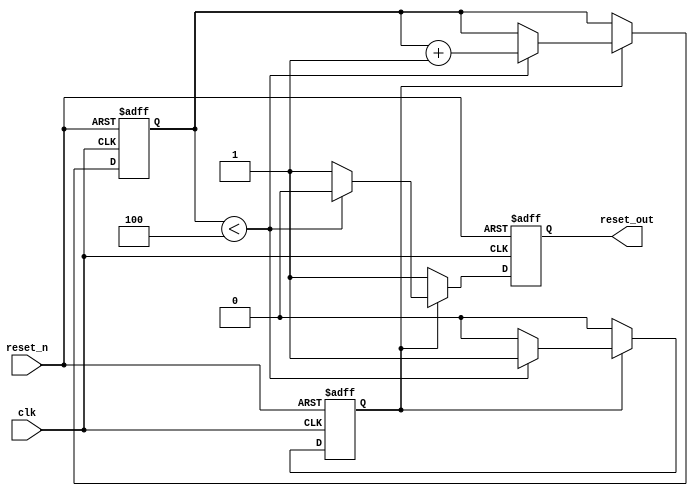
module PowerOnReset (
    input wire clk,          // Clock signal
    input wire reset_n,     // Active-low manual reset
    output reg reset_out     // Output reset signal
);

    // Parameter for reset duration (in clock cycles)
    parameter RESET_DURATION = 5;  // Adjust this value as necessary
    reg [2:0] counter;               // Counter for reset duration
    reg por_active;                  // Flag for power-on reset active state

    // State machine to handle reset logic
    always @(posedge clk or negedge reset_n) begin
        if (!reset_n) begin
            // If manual reset is asserted, reset the output immediately
            reset_out <= 1'b0;
            counter <= 0;
            por_active <= 1'b0; // Ensure POR is inactive
        end else begin
            if (por_active) begin
                // If power-on reset is active, count until the duration is met
                if (counter < RESET_DURATION - 1) begin
                    counter <= counter + 1;
                    reset_out <= 1'b0; // Keep reset_out low during this period
                end else begin
                    reset_out <= 1'b1; // Release reset after duration
                    por_active <= 1'b0; // Deactivate POR state
                end
            end else begin
                // If power-on reset is not active and system is stable
                reset_out <= 1'b1; // Normal operation
            end
        end
    end

    // Power-on reset initialization
    initial begin
        reset_out = 1'b0; // Start with reset_out low
        counter = 0;
        por_active = 1'b1; // Set power-on reset active
    end

endmodule